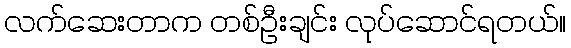
လက်ဆေးတာက တစ်ဦးချင်း လုပ်ဆောင်ရတယ်။